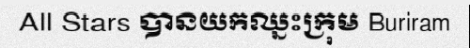
All Stars បានយកឈ្នះក្រុម Buriram